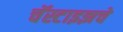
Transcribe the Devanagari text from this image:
चॅस्टाइझचे